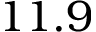
1 1 . 9